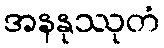
အနနုဿုတံ